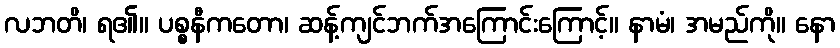
လဘတိ၊ ရ၏။ ပစ္စနီကတော၊ ဆန့်ကျင်ဘက်အကြောင်းကြောင့်။ နာမံ၊ အမည်ကို။ နော